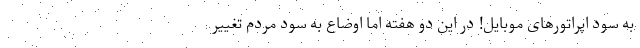
به سود اپراتورهای موبایل! در این دو هفته اما اوضاع به سود مردم تغییر